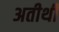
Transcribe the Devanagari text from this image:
अतीथी